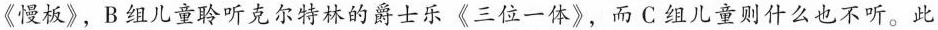
《慢板》，B组儿童聆听克尔特林的爵士乐《三位一体》，而 C 组儿童则什么也不听。此